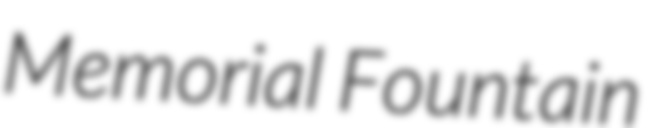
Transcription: Memorial Fountain